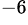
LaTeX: ^{-6}